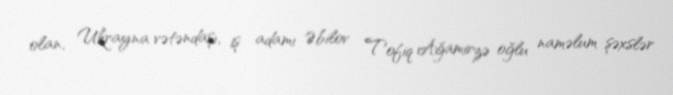
olan, Ukrayna vətəndaşı, iş adamı Əbilov Tofiq Ağamirzə oğlu naməlum şəxslər